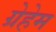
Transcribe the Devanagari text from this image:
ग्रेहेम